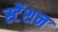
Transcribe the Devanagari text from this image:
स्टेंशन